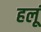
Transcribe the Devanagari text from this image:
हलूं